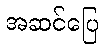
အဆင်ပြေ